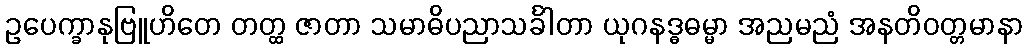
ဥပေက္ခာနုဗြူဟိတေ တတ္ထ ဇာတာ သမာဓိပညာသင်္ခါတာ ယုဂနဒ္ဓဓမ္မာ အညမညံ အနတိဝတ္တမာနာ